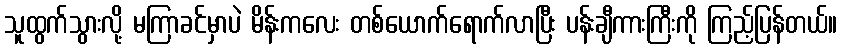
သူထွက်သွားလို့ မကြာခင်မှာပဲ မိန်းကလေး တစ်ယောက်ရောက်လာပြီး ပန်းချီကားကြီးကို ကြည့်ပြန်တယ်။